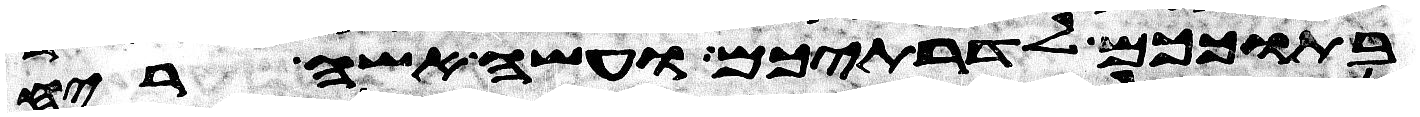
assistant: בתוככם לדרתיכם ועשה אשה ריח